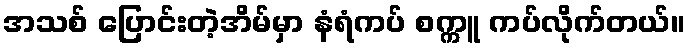
အသစ် ပြောင်းတဲ့အိမ်မှာ နံရံကပ် စက္ကူ ကပ်လိုက်တယ်။